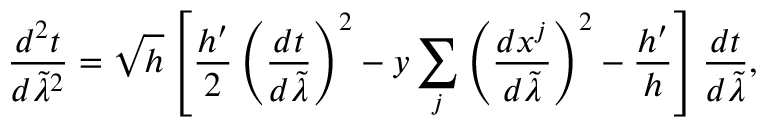
{ \frac { d ^ { 2 } t } { d \tilde { \lambda } ^ { 2 } } } = \sqrt { h } \left[ { \frac { h ^ { \prime } } { 2 } } \left( { \frac { d t } { d \tilde { \lambda } } } \right) ^ { 2 } - y \sum _ { j } \left( { \frac { d x ^ { j } } { d \tilde { \lambda } } } \right) ^ { 2 } - { \frac { h ^ { \prime } } { h } } \right] { \frac { d t } { d \tilde { \lambda } } } ,